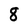
Character: 8